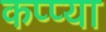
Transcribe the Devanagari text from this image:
कप्प्या